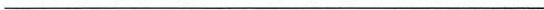
___